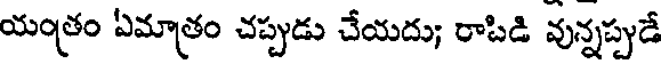
యంత్రం ఏమాత్రం చప్పుడు చేయదు; రాపిడి వున్నప్పుడే